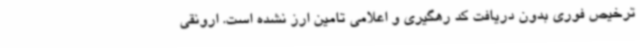
ترخیص فوری بدون دریافت کد رهگیری و اعلامی تامین ارز نشده است. ارونقی